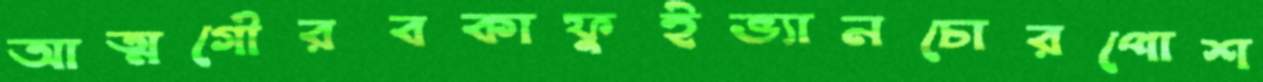
আত্মগৌরবকাফুইভ্যানচোরপোশ